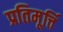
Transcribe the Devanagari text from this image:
प्रतिमूर्त्ति